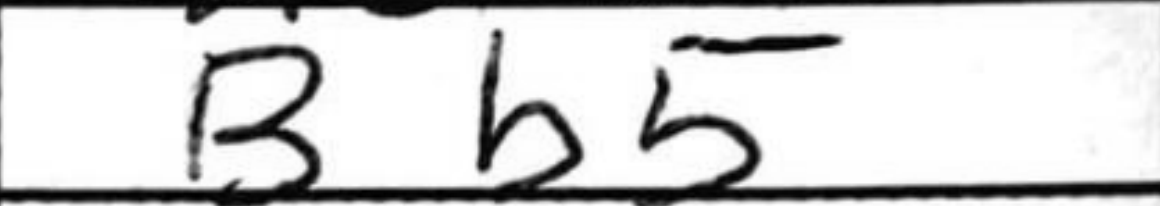
Transcription: Bb5